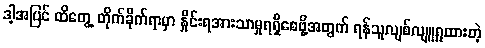
ဒါ့အပြင် ထိတွေ့ တိုက်ခိုက်ရာမှာ နှိုင်းရအားသာမှုရရှိစေဖို့အတွက် ရန်သူလျစ်လျူရှုထားတဲ့